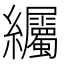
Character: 䌵